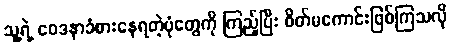
သူ့ရဲ့ ဝေဒနာခံစားနေရတဲ့ပုံတွေကို ကြည့်ပြီး စိတ်မကောင်းဖြစ်ကြသလို